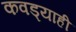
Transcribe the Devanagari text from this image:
कवड्याही